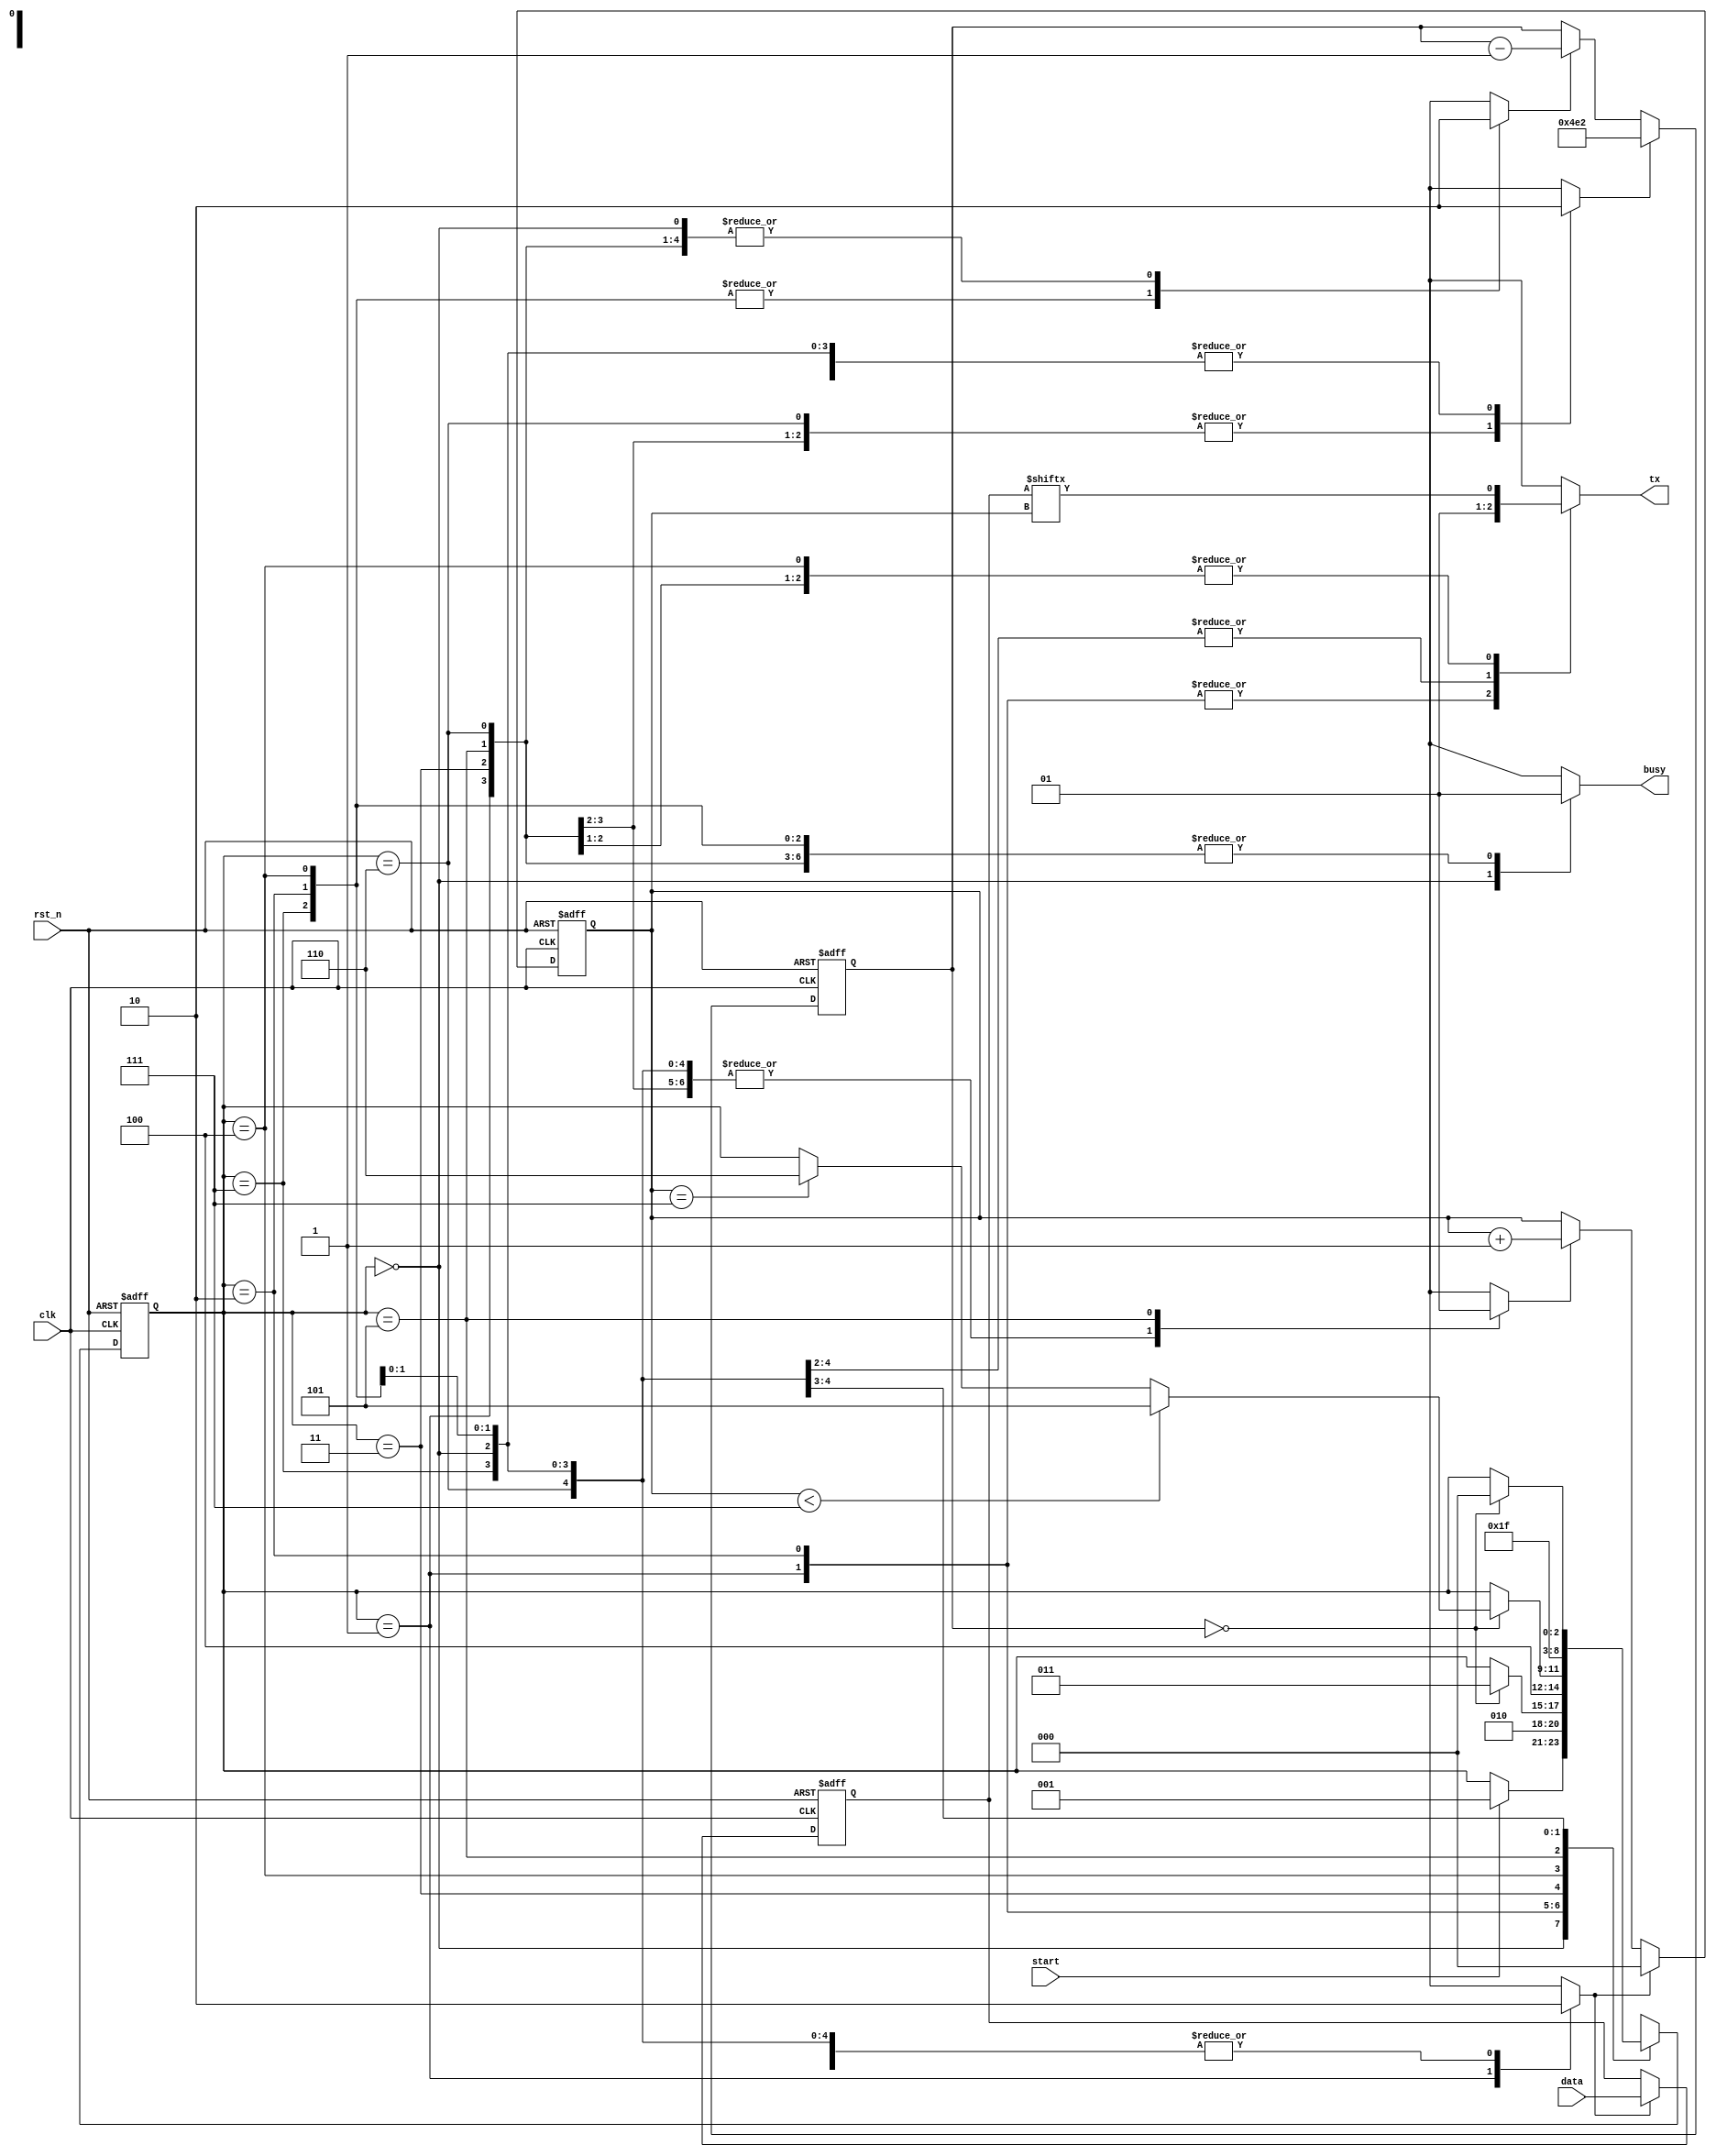
//==============================================================================
// Design name : uart_tx
// Function	   : UART transmit only module
//
// Notes: Sends first the least significative bit. Data must be kept 1 cycle 
// more after triggering start.
//==============================================================================

module uart_tx (
    input wire rst_n,
    input wire clk,
    input wire start,
    input wire [7:0] data,   
    output reg tx,
    output reg busy
);

parameter  clock_frequency        = 12000000;
parameter  baud_rate              = 9600;

localparam clock_cycles_per_pulse = clock_frequency / baud_rate;

localparam integer 
    IDLE_st         	= 3'd0,
	INIT_SEND_START_st 	= 3'd1,
	WAIT_SEND_START_st 	= 3'd2,
	INIT_SEND_BIT_st 	= 3'd3,
	WAIT_SEND_BIT_st 	= 3'd4,
	NEXT_BIT_st			= 3'd5,
	INIT_SEND_STOP_st	= 3'd6,
	WAIT_SEND_STOP_st	= 3'd7;

reg [2:0] state, next_state;

reg [15:0] sync_cnt;
reg sync_cnt_ld, sync_cnt_en;

reg [2:0] bit_cnt;
reg bit_cnt_ld, bit_cnt_en;

reg [7:0] input_data;
reg input_data_ld;


// next state
always @(posedge clk, negedge rst_n) begin
    if (!rst_n) begin
        state <= IDLE_st;
    end else begin
        state <= next_state;
    end
end


// input data
always @(posedge clk, negedge rst_n) begin
	if (!rst_n) begin
		input_data <= 0;
	end else if (input_data_ld) begin
		input_data <= data;
	end
end


// bit counter
always @(posedge clk, negedge rst_n) begin
    if (!rst_n) begin
        bit_cnt <= 0;
    end else if (bit_cnt_ld) begin
        bit_cnt <= 0;
    end else if (bit_cnt_en) begin
        bit_cnt <= bit_cnt + 1;
    end
end


// syncronization counter
always @(posedge clk, negedge rst_n) begin
    if (!rst_n) begin
        sync_cnt <= 0;
    end else if (sync_cnt_ld) begin
        sync_cnt <= clock_cycles_per_pulse;
    end else if (sync_cnt_en) begin
        sync_cnt <= sync_cnt - 1;
    end
end


// next state
always @(*) begin
    next_state = state;
    case (state)
	 	IDLE_st:
			if (start) begin
				next_state = INIT_SEND_START_st;
			end
		INIT_SEND_START_st:
			next_state = WAIT_SEND_START_st;
		WAIT_SEND_START_st:
			if (sync_cnt == 0) begin
				next_state = INIT_SEND_BIT_st;
			end
		INIT_SEND_BIT_st:
			next_state = WAIT_SEND_BIT_st;
		WAIT_SEND_BIT_st:
			if (sync_cnt == 0) begin
				if (bit_cnt < 7) begin
					next_state = NEXT_BIT_st;
				end else if (bit_cnt == 7) begin
					next_state = INIT_SEND_STOP_st;
				end
			end
		NEXT_BIT_st:
			next_state = INIT_SEND_BIT_st;
		INIT_SEND_STOP_st:
			next_state = WAIT_SEND_STOP_st;
		WAIT_SEND_STOP_st:
			if (sync_cnt == 0) begin
				next_state = IDLE_st;
			end
    endcase 
end


// output logic
always @(*) begin
	tx = 1;
	busy = 1;
	sync_cnt_ld = 0;
	sync_cnt_en = 0;

	bit_cnt_ld = 0; 
	bit_cnt_en = 0;

	input_data_ld = 0;

    case (state)
	 	IDLE_st: begin
			busy = 0;
		end
		INIT_SEND_START_st: begin
			tx = 0;
			input_data_ld = 1;
			bit_cnt_ld = 1;
			sync_cnt_ld = 1;
		end
		WAIT_SEND_START_st: begin
			tx = 0;
			sync_cnt_en = 1;
		end
		INIT_SEND_BIT_st: begin
			tx = input_data[bit_cnt];
			sync_cnt_ld = 1;
		end
		WAIT_SEND_BIT_st: begin
			tx = input_data[bit_cnt];
			sync_cnt_en = 1;
		end
		INIT_SEND_STOP_st: begin
			tx = 1;
			sync_cnt_ld = 1;
		end
		WAIT_SEND_STOP_st: begin
			tx = 1;
			sync_cnt_en = 1;
		end
		NEXT_BIT_st: begin
            tx = input_data[bit_cnt];
			bit_cnt_en = 1;
		end
    endcase 
end

endmodule